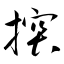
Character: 揬